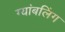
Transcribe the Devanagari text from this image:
ग्यांबलिंग